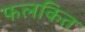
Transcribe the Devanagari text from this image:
फलकित